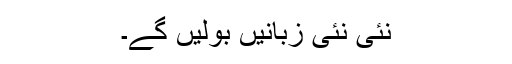
نئی نئی زبانیں بولیں گے۔